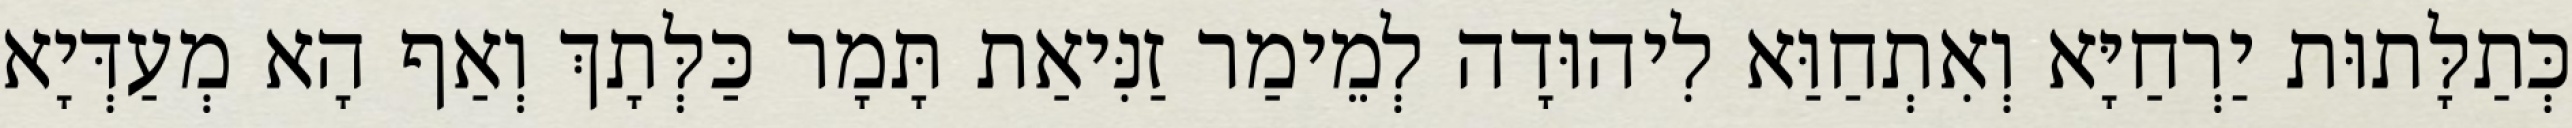
כְּתַלָּתוּת יַרְחַיָּא וְאִתְחַוַּא לִיהוּדָה לְמֵימַר זַנִּיאַת תָּמָר כַּלְּתָךְ וְאַף הָא מְעַדְּיָא